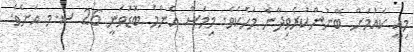
މިއީ ކެއުމަށް ބޭނުންކުރެވިދާނެ މަހެކެވެ. މިމަސް އެންމެ ބޮޑުވަނީ 26 ސ.މ އަށެވެ.